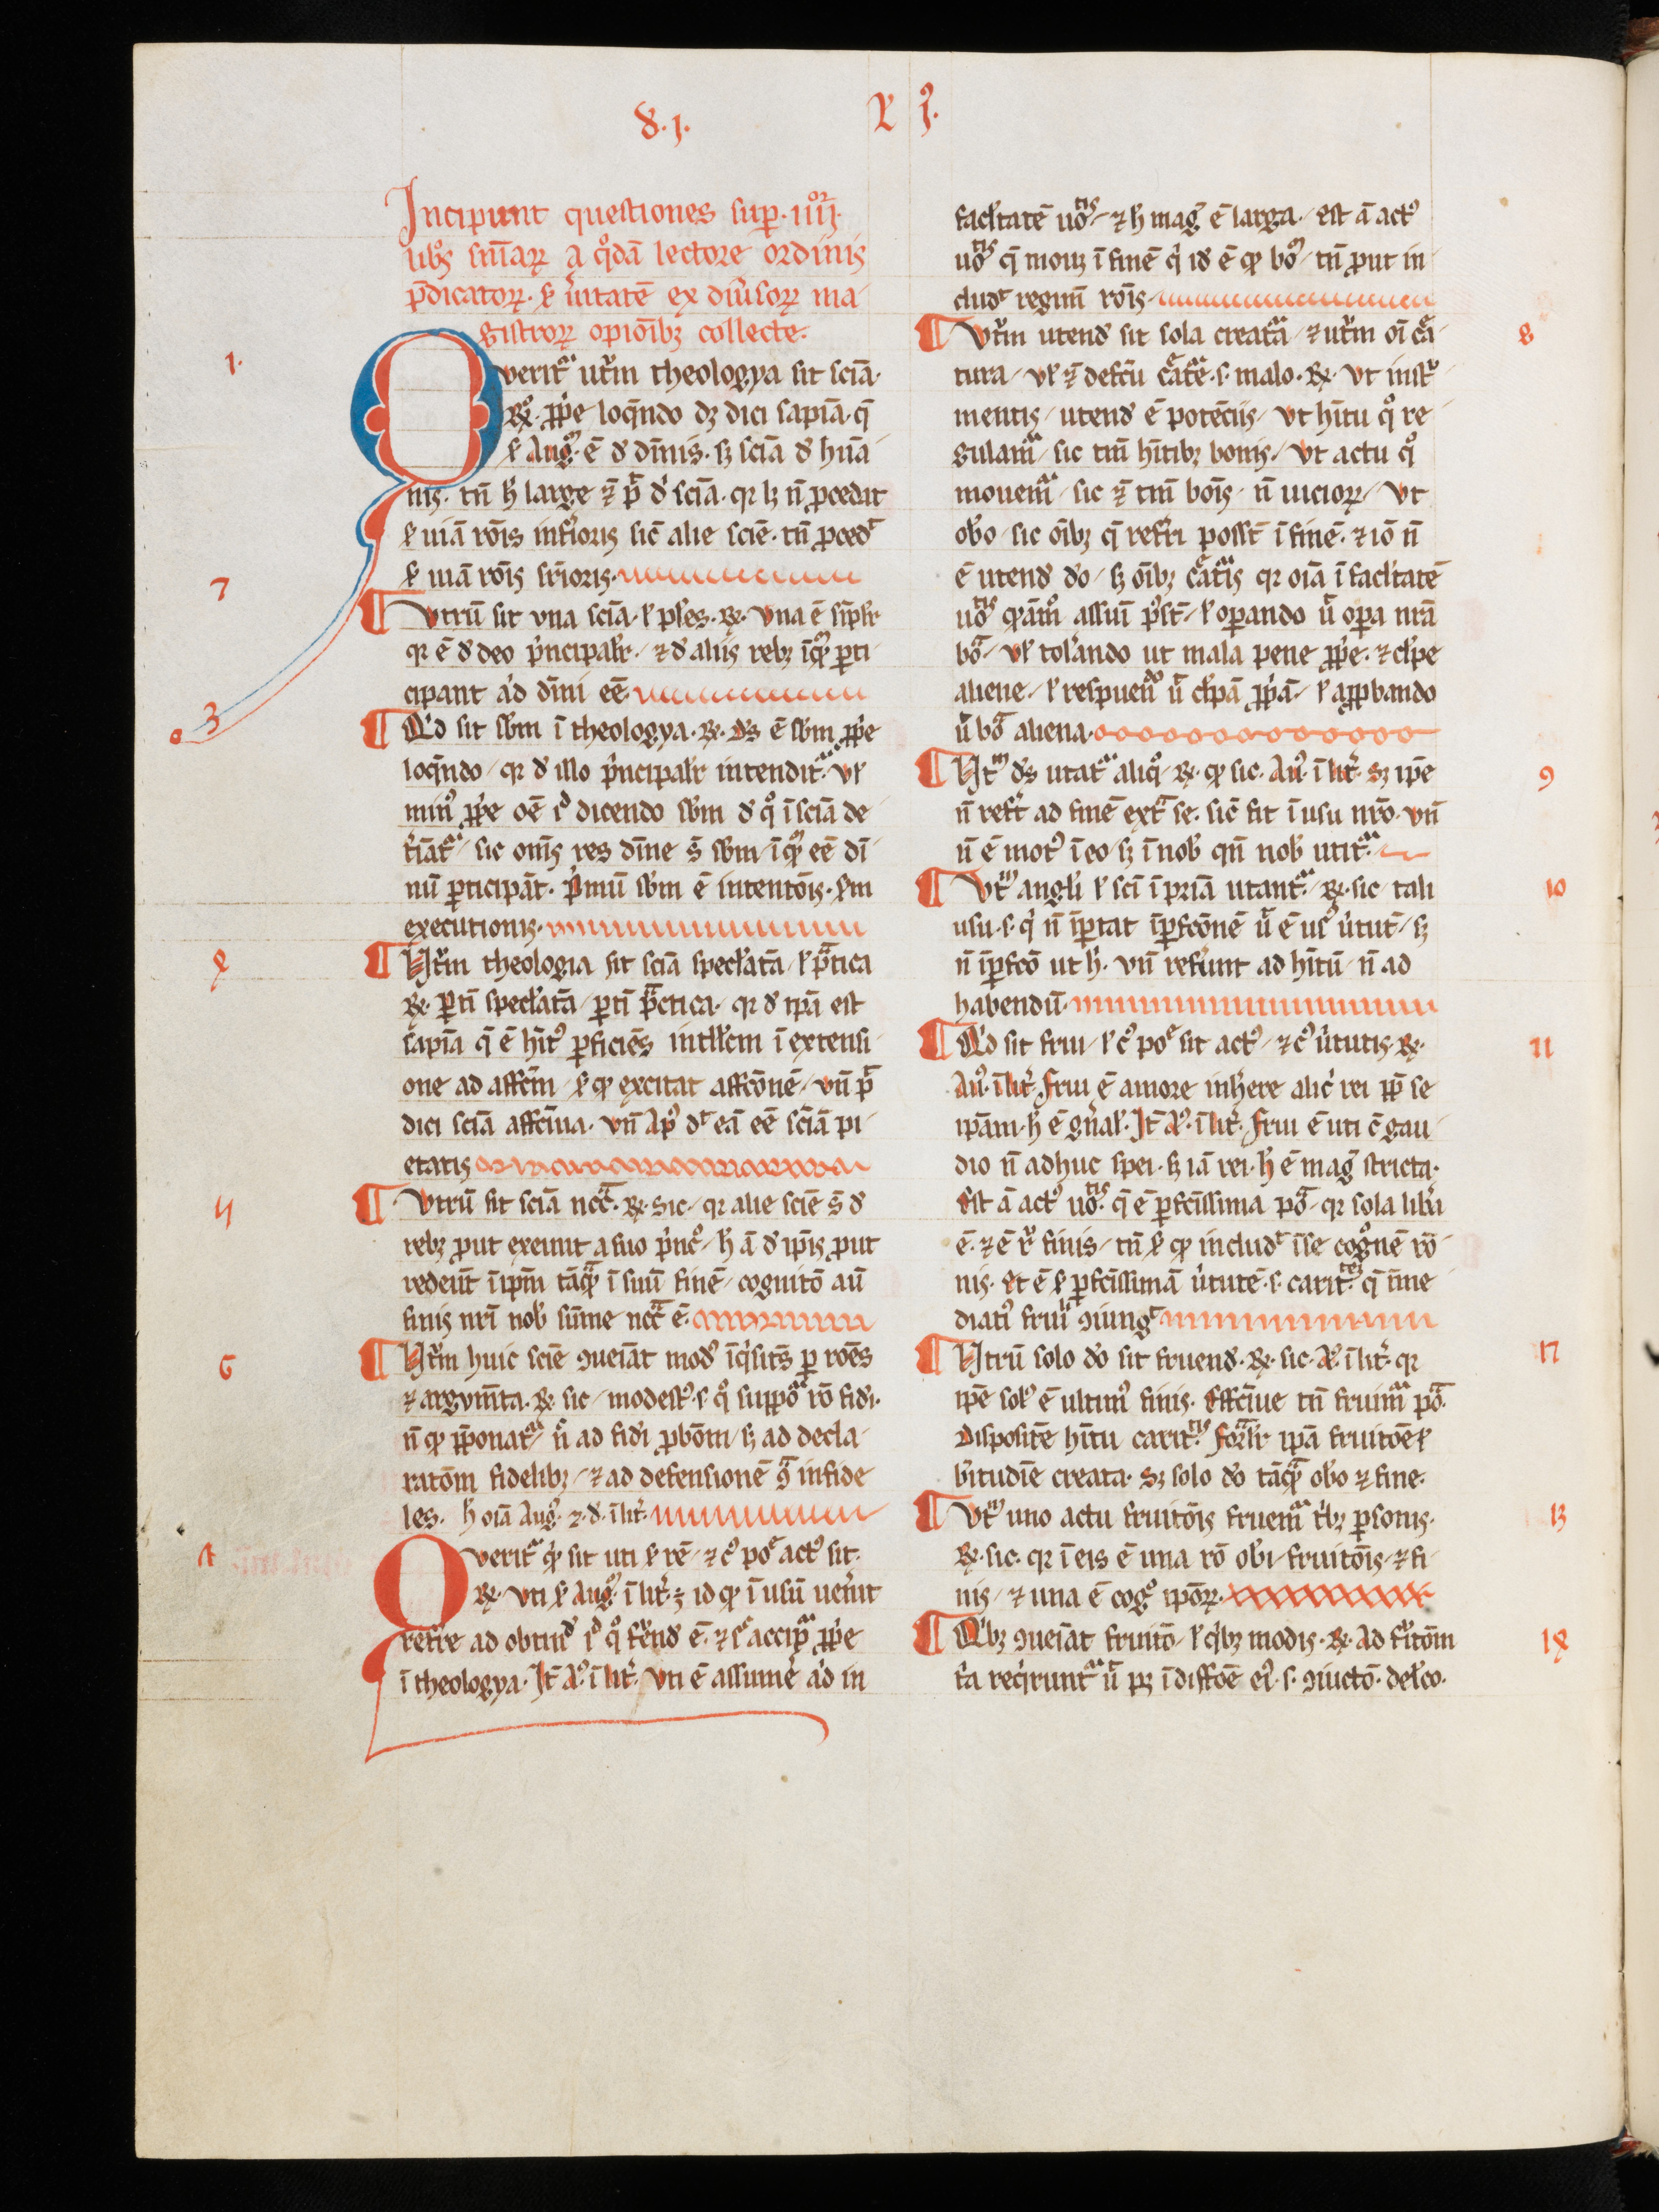
Shelfmark: Aarau, Aargauer Kantonsbibliothek, MsWettF 15
Century: 13